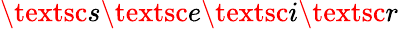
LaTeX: \textsc{s}\textsc{e}\textsc{i}\textsc{r}